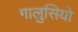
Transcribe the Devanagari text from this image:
गालुसियो